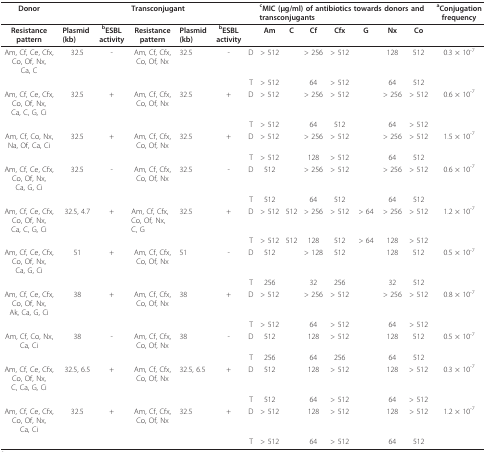
<table><thead><tr><td><b>Donor</b></td><td colspan="6"><b>Transconjugant</b></td><td colspan="7"><b><sup>c</sup>MIC (μg/ml) of antibiotics towards donors and transconjugants</b></td><td><b><sup>a</sup>Conjugation frequency</b></td></tr></thead><tbody><tr><td><b>Resistance pattern</b></td><td><b>Plasmid (kb)</b></td><td><b><sup>b</sup>ESBL activity</b></td><td><b>Resistance pattern</b></td><td><b>Plasmid (kb)</b></td><td><b><sup>b</sup>ESBL activity</b></td><td></td><td><b>Am</b></td><td><b>C</b></td><td><b>Cf</b></td><td><b>Cfx</b></td><td><b>G</b></td><td><b>Nx</b></td><td><b>Co</b></td><td></td></tr><tr><td>Am, Cf, Ce, Cfx, Co, Of, Nx,Ca, C</td><td>32.5</td><td>-</td><td>Am, Cf, Cfx, Co, Of, Nx</td><td>32.5</td><td>-</td><td>D</td><td>&gt; 512</td><td></td><td>&gt; 256</td><td>&gt; 512</td><td></td><td>128</td><td>512</td><td>0.3 × 10<sup>-7</sup></td></tr><tr><td></td><td></td><td></td><td></td><td></td><td></td><td>T</td><td>&gt; 512</td><td></td><td>64</td><td>&gt; 512</td><td></td><td>64</td><td>512</td><td></td></tr><tr><td>Am, Cf, Ce, Cfx, Co, Of, Nx,Ca, C, G, Ci</td><td>32.5</td><td>+</td><td>Am, Cf, Cfx, Co, Of, Nx</td><td>32.5</td><td>+</td><td>D</td><td>&gt; 512</td><td></td><td>&gt; 256</td><td>&gt; 512</td><td></td><td>&gt; 256</td><td>&gt; 512</td><td>0.6 × 10<sup>-7</sup></td></tr><tr><td></td><td></td><td></td><td></td><td></td><td></td><td>T</td><td>&gt; 512</td><td></td><td>64</td><td>512</td><td></td><td>64</td><td>&gt; 512</td><td></td></tr><tr><td>Am, Cf, Co, Nx, Na, Of, Ca, Ci</td><td>32.5</td><td>+</td><td>Am, Cf, Cfx, Co, Of, Nx</td><td>32.5</td><td>+</td><td>D</td><td>&gt; 512</td><td></td><td>&gt; 256</td><td>&gt; 512</td><td></td><td>&gt; 256</td><td>&gt; 512</td><td>1.5 × 10<sup>-7</sup></td></tr><tr><td></td><td></td><td></td><td></td><td></td><td></td><td>T</td><td>&gt; 512</td><td></td><td>128</td><td>&gt; 512</td><td></td><td>64</td><td>512</td><td></td></tr><tr><td>Am, Cf, Ce, Cfx, Co, Of, Nx,Ca, G, Ci</td><td>32.5</td><td>-</td><td>Am, Cf, Cfx, Co, Of, Nx</td><td>32.5</td><td>-</td><td>D</td><td>512</td><td></td><td>&gt; 256</td><td>&gt; 512</td><td></td><td>&gt; 256</td><td>&gt; 512</td><td>0.6 × 10<sup>-7</sup></td></tr><tr><td></td><td></td><td></td><td></td><td></td><td></td><td>T</td><td>512</td><td></td><td>64</td><td>512</td><td></td><td>64</td><td>512</td><td></td></tr><tr><td>Am, Cf, Ce, Cfx, Co, Of, Nx,Ca, C, G, Ci</td><td>32.5, 4.7</td><td>+</td><td>Am, Cf, Cfx, Co, Of, Nx,C, G</td><td>32.5</td><td>+</td><td>D</td><td>&gt; 512</td><td>512</td><td>&gt; 256</td><td>&gt; 512</td><td>&gt; 64</td><td>&gt; 256</td><td>&gt; 512</td><td>1.2 × 10<sup>-7</sup></td></tr><tr><td></td><td></td><td></td><td></td><td></td><td></td><td>T</td><td>&gt; 512</td><td>512</td><td>128</td><td>512</td><td>&gt; 64</td><td>128</td><td>&gt; 512</td><td></td></tr><tr><td>Am, Cf, Ce, Cfx, Co, Of, Nx,Ca, G, Ci</td><td>51</td><td>+</td><td>Am, Cf, Cfx, Co, Of, Nx</td><td>51</td><td>-</td><td>D</td><td>512</td><td></td><td>&gt; 128</td><td>512</td><td></td><td>128</td><td>512</td><td>0.5 × 10<sup>-7</sup></td></tr><tr><td></td><td></td><td></td><td></td><td></td><td></td><td>T</td><td>256</td><td></td><td>32</td><td>256</td><td></td><td>32</td><td>512</td><td></td></tr><tr><td>Am, Cf, Ce, Cfx, Co, Of, Nx,Ak, Ca, G, Ci</td><td>38</td><td>+</td><td>Am, Cf, Cfx, Co, Of, Nx</td><td>38</td><td>+</td><td>D</td><td>&gt; 512</td><td></td><td>&gt; 256</td><td>&gt; 512</td><td></td><td>&gt; 256</td><td>&gt; 512</td><td>0.8 × 10<sup>-7</sup></td></tr><tr><td></td><td></td><td></td><td></td><td></td><td></td><td>T</td><td>&gt; 512</td><td></td><td>64</td><td>&gt; 512</td><td></td><td>64</td><td>&gt; 512</td><td></td></tr><tr><td>Am, Cf, Co, Nx, Ca, Ci</td><td>38</td><td>-</td><td>Am, Cf, Cfx, Co, Of, Nx</td><td>38</td><td>-</td><td>D</td><td>512</td><td></td><td>128</td><td>&gt; 512</td><td></td><td>128</td><td>512</td><td>0.5 × 10<sup>-7</sup></td></tr><tr><td></td><td></td><td></td><td></td><td></td><td></td><td>T</td><td>256</td><td></td><td>64</td><td>256</td><td></td><td>64</td><td>512</td><td></td></tr><tr><td>Am, Cf, Ce, Cfx, Co, Of, Nx,C, Ca, G, Ci</td><td>32.5, 6.5</td><td>+</td><td>Am, Cf, Cfx, Co, Of, Nx</td><td>32.5, 6.5</td><td>+</td><td>D</td><td>512</td><td></td><td>128</td><td>&gt; 512</td><td></td><td>128</td><td>&gt; 512</td><td>0.3 × 10<sup>-7</sup></td></tr><tr><td></td><td></td><td></td><td></td><td></td><td></td><td>T</td><td>512</td><td></td><td>64</td><td>&gt; 512</td><td></td><td>64</td><td>&gt; 512</td><td></td></tr><tr><td>Am, Cf, Ce, Cfx, Co, Of, Nx,Ca, Ci</td><td>32.5</td><td>+</td><td>Am, Cf, Cfx, Co, Of, Nx</td><td>32.5</td><td>+</td><td>D</td><td>&gt; 512</td><td></td><td>128</td><td>&gt; 512</td><td></td><td>128</td><td>&gt; 512</td><td>1.2 × 10<sup>-7</sup></td></tr><tr><td></td><td></td><td></td><td></td><td></td><td></td><td>T</td><td>&gt; 512</td><td></td><td>64</td><td>&gt; 512</td><td></td><td>64</td><td>512</td><td></td></tr></tbody></table>